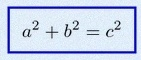
a^2+b^2=c^2